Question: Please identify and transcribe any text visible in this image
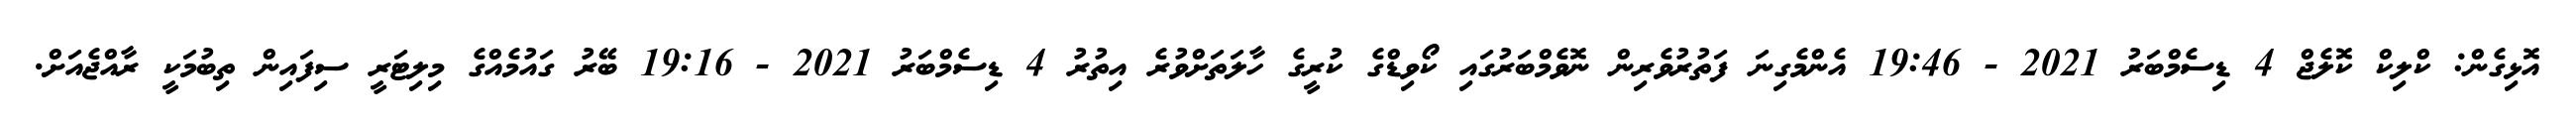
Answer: އޮޅިގެން: ކްލިކް ކޮލެޖް 4 ޑިސެމްބަރު 2021 - 19:46 އެންމެގިނަ ފަތުރުވެރިން ނޮވެމްބަރުގައި ކޯވިޑްގެ ކުރީގެ ހާލަތަށްވުރެ އިތުރު 4 ޑިސެމްބަރު 2021 - 19:16 ބޭރު ގައުމެއްގެ މިލިޓަރީ ސިފައިން ތިބުމަކީ ރާއްޖެއަށް.